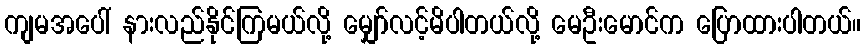
ကျမအပေါ် နားလည်နိုင်ကြမယ်လို့ မျှော်လင့်မိပါတယ်လို့ မေဦးမောင်က ပြောထားပါတယ်။